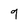
Character: 9